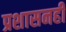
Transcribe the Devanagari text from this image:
प्रशासनही